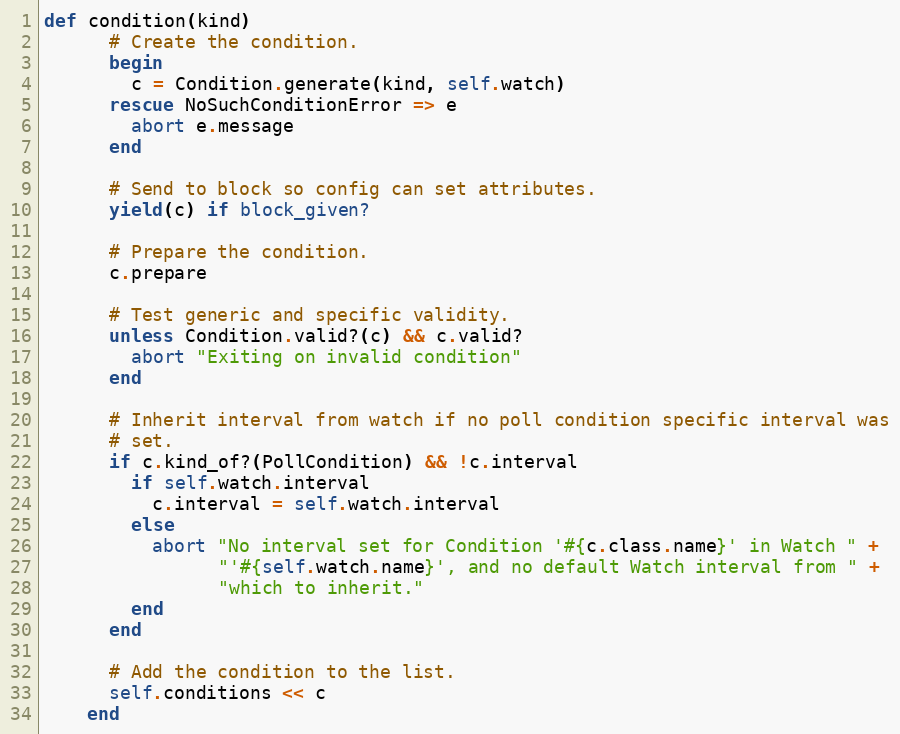
Language: Ruby
def condition(kind)
      # Create the condition.
      begin
        c = Condition.generate(kind, self.watch)
      rescue NoSuchConditionError => e
        abort e.message
      end

      # Send to block so config can set attributes.
      yield(c) if block_given?

      # Prepare the condition.
      c.prepare

      # Test generic and specific validity.
      unless Condition.valid?(c) && c.valid?
        abort "Exiting on invalid condition"
      end

      # Inherit interval from watch if no poll condition specific interval was
      # set.
      if c.kind_of?(PollCondition) && !c.interval
        if self.watch.interval
          c.interval = self.watch.interval
        else
          abort "No interval set for Condition '#{c.class.name}' in Watch " +
                "'#{self.watch.name}', and no default Watch interval from " +
                "which to inherit."
        end
      end

      # Add the condition to the list.
      self.conditions << c
    end